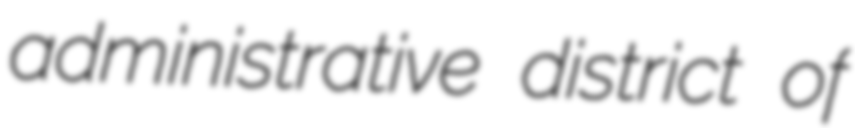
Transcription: administrative district of